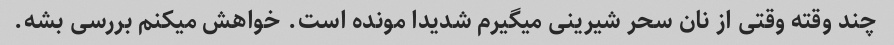
چند وقته وقتی از نان سحر شیرینی میگیرم شدیدا مونده است. خواهش میکنم بررسی بشه.